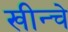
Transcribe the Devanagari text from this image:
खीन्चे